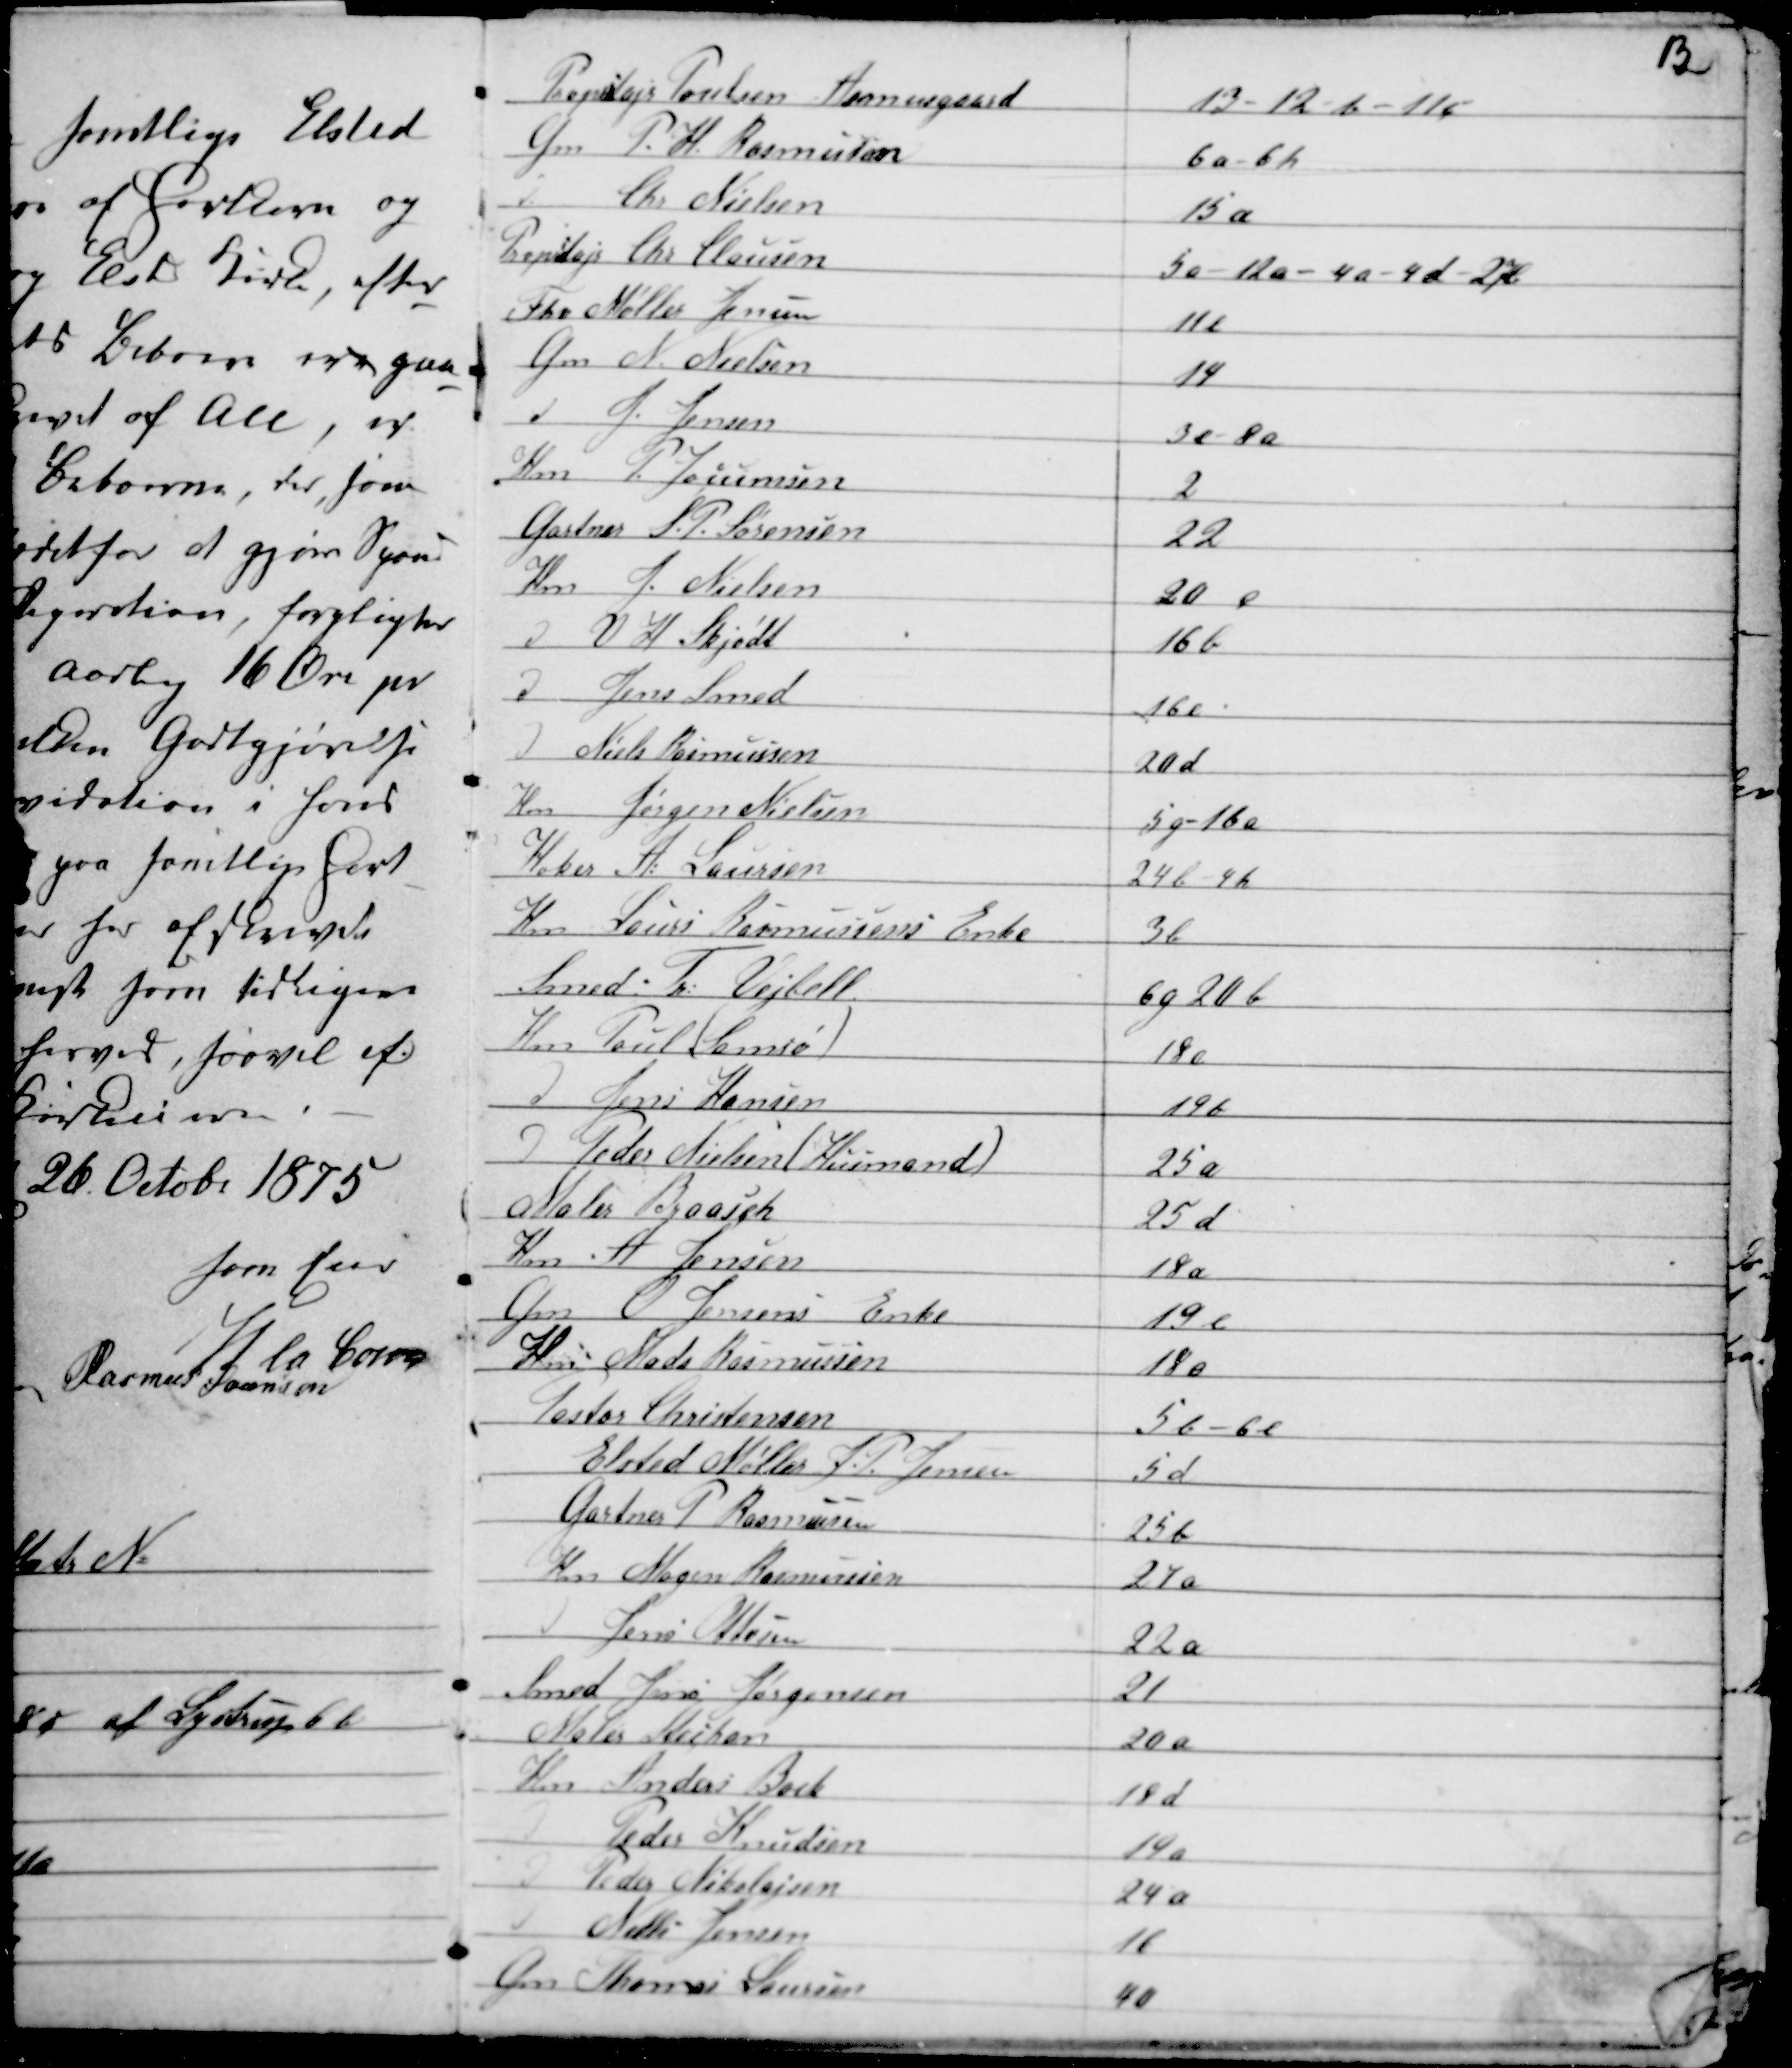
Transskription:
13